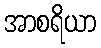
အာစရိယာ